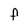
Character: F